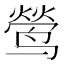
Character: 𮹘